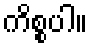
ကိစ္စပါ။